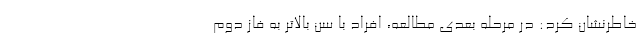
خاطرنشان کرد: در مرحله بعدی مطالعه، افراد با سن بالاتر به فاز دوم